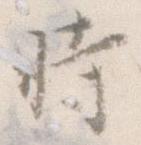
時